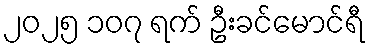
၂၀၂၅ ၁၀၇ ရက် ဦးခင်မောင်ရီ